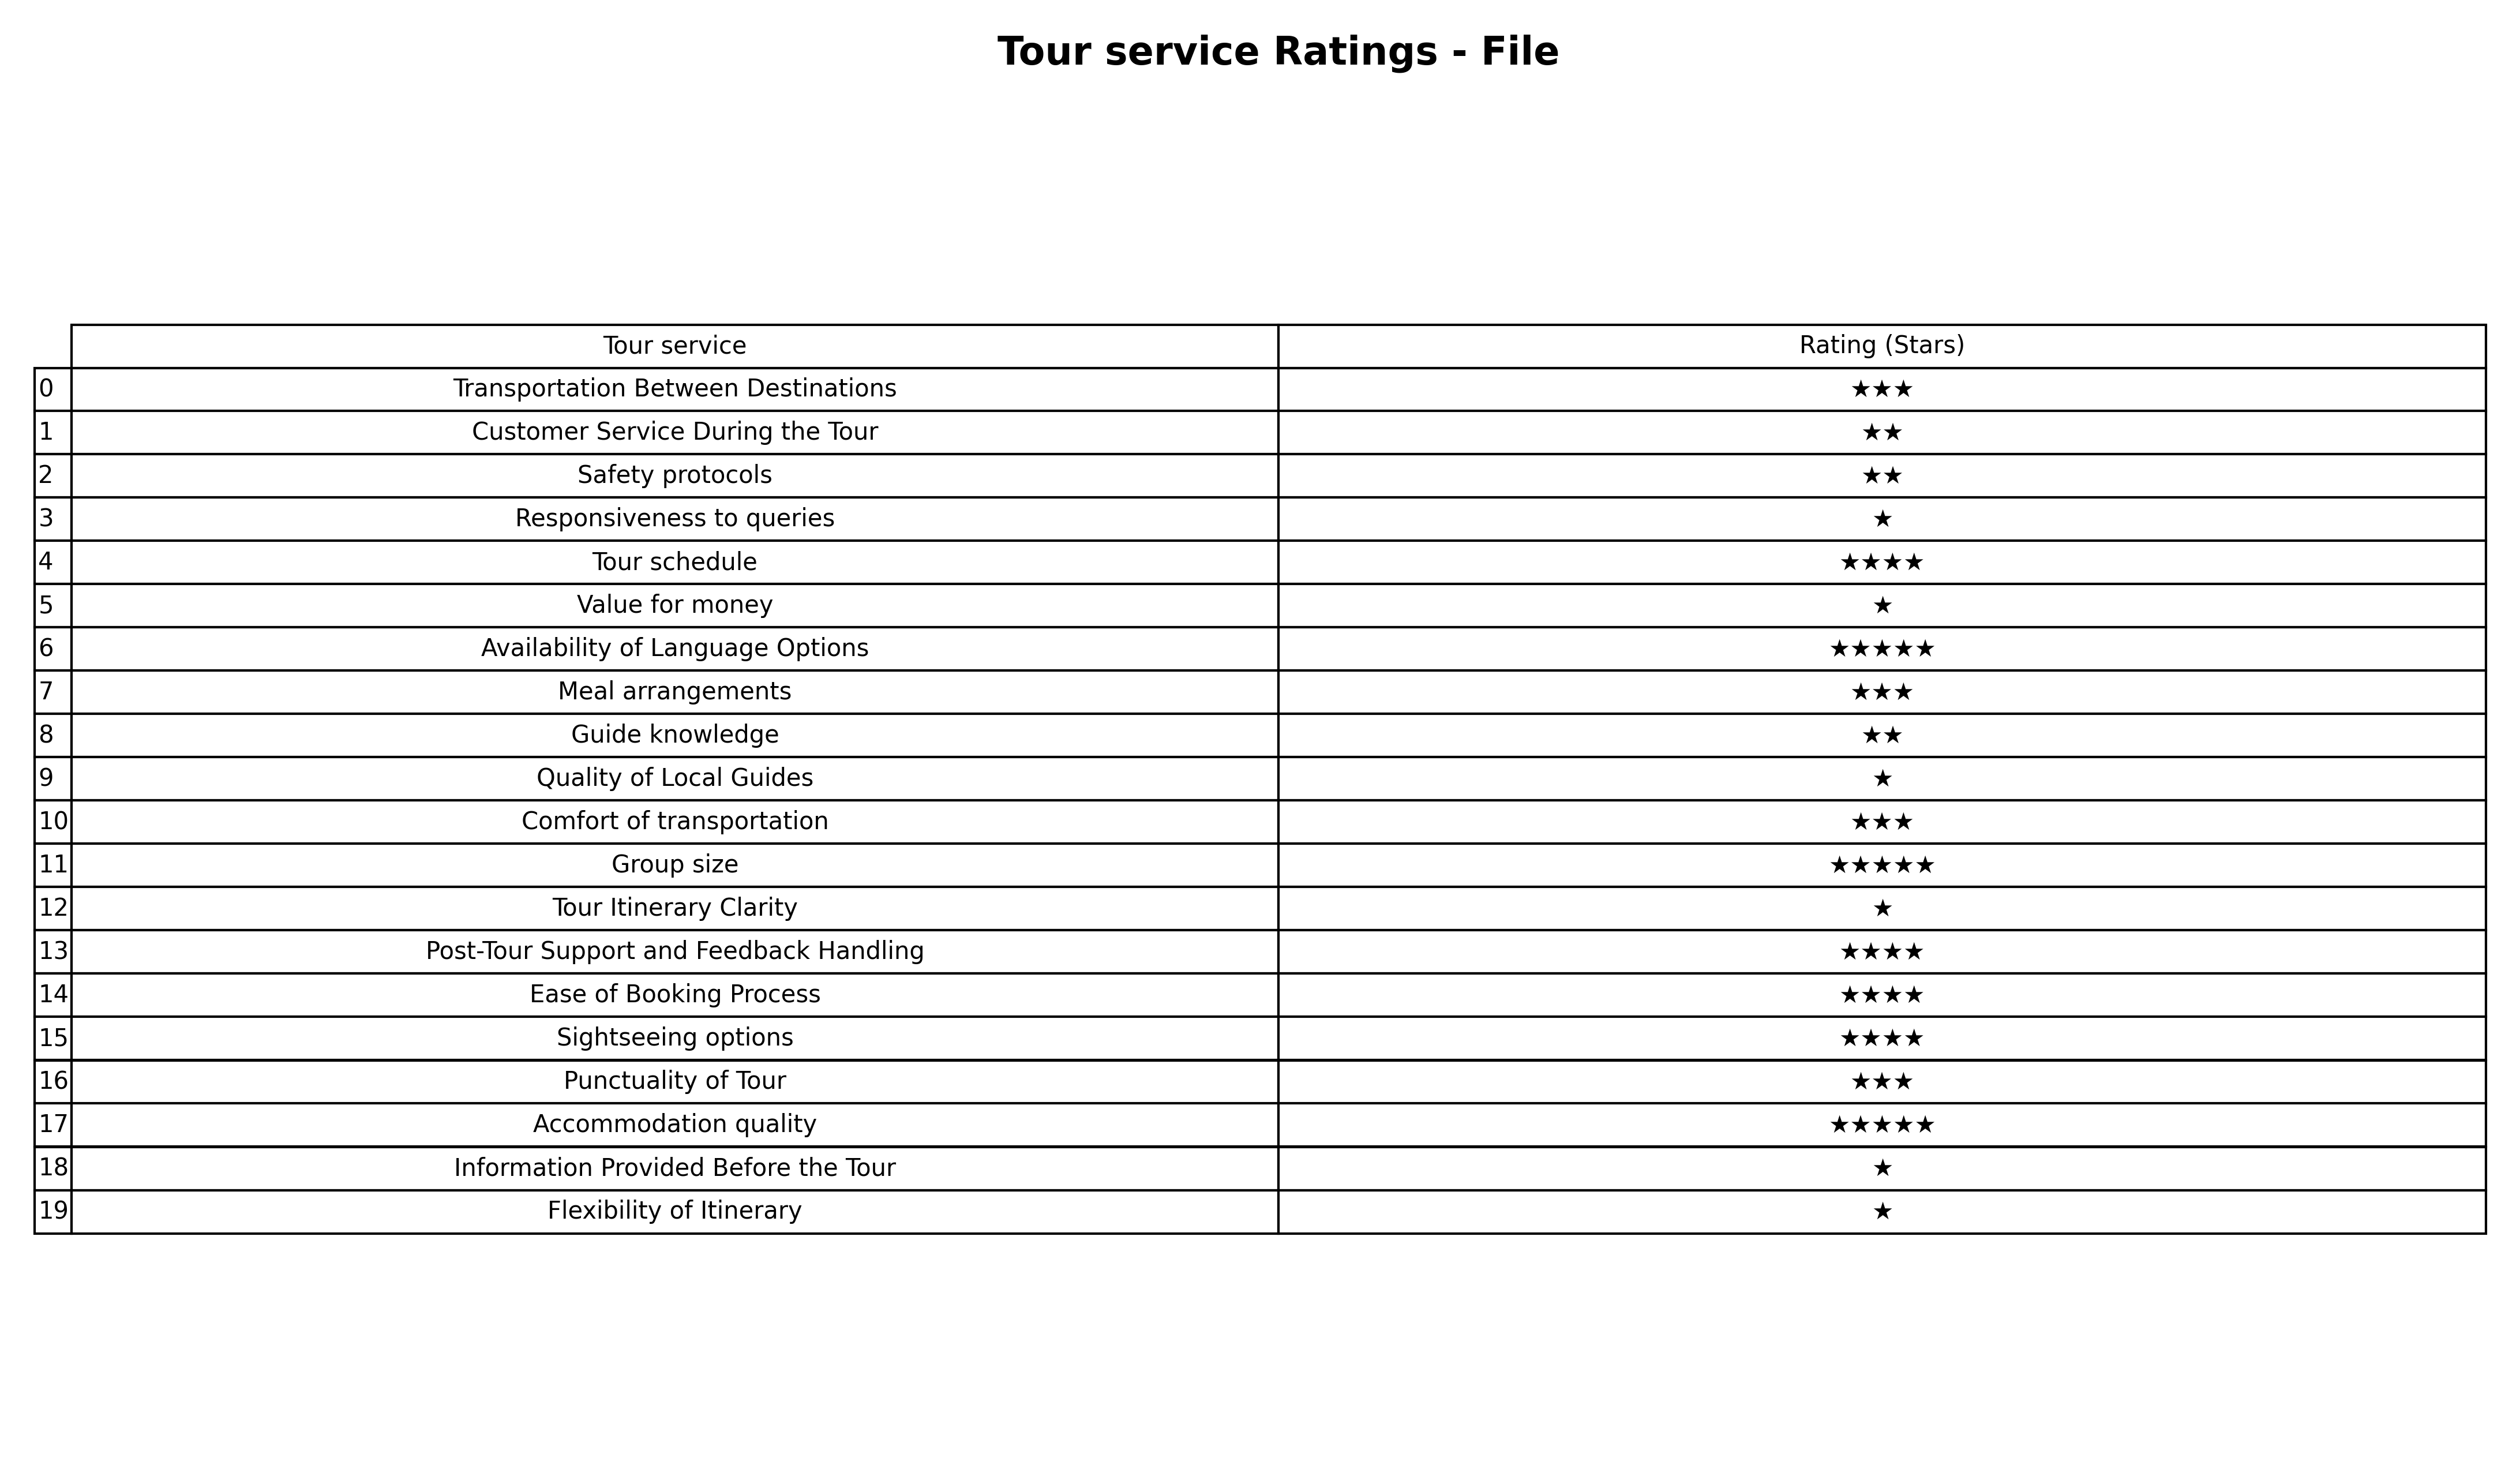
question: What is the rating of Guide knowledge?
answer: ★★